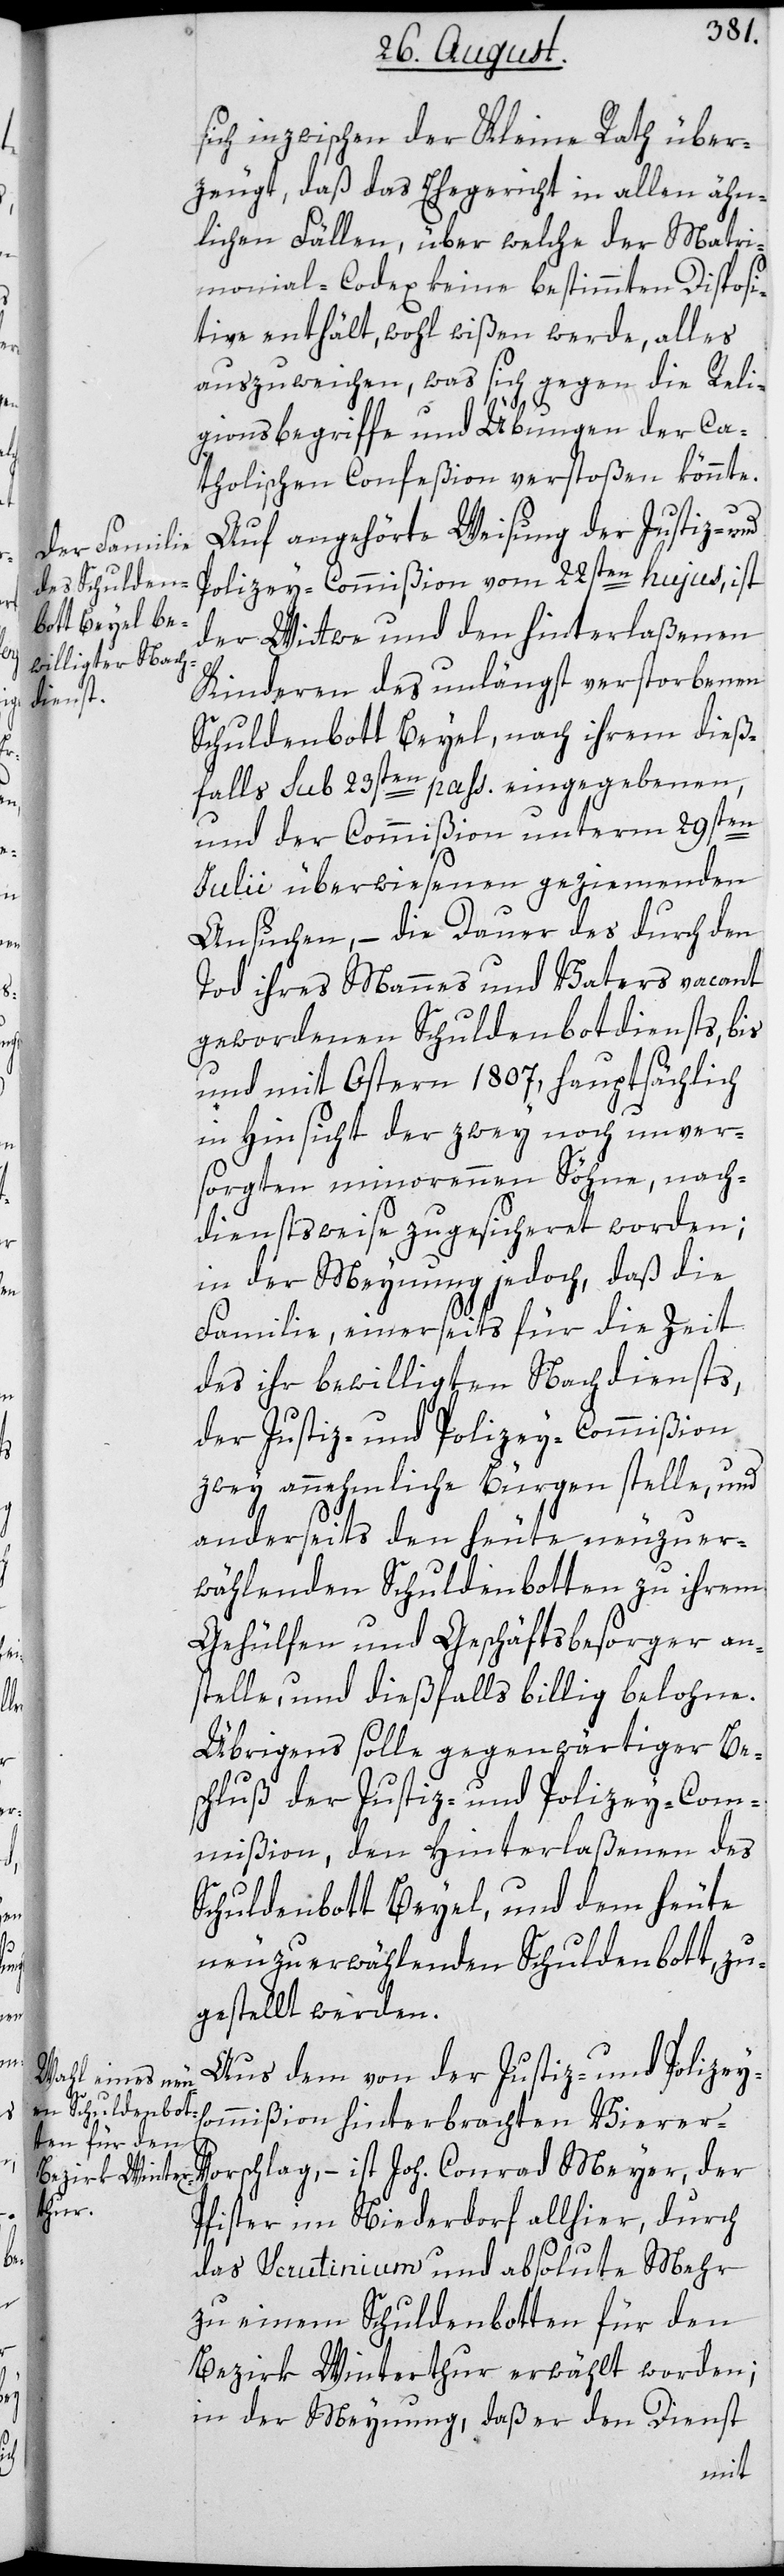
sich inzwischen der Kleine Rath über¬
zeugt, daß das Ehegericht in allen ähn¬
lichen Fällen, über welche der Matri¬
monial-Codex keine bestimmten Disposi¬
tive enthält, wohl wißen werde, alles
auszuweichen, was sich gegen die Reli¬
gionsbegriffe und Übungen der Ca¬
tholischen Confeßion verstoßen könnte.
Auf angehörte Weisung der Justiz- und
Polizey-Commißion vom 22sten hujus, ist
der Wittwe und den hinterlaßenen
Kinderen des unlängst verstorbenen
Schuldenbott Beyel, nach ihrem dieß¬
falls sub 23sten pass. eingegebenen,
und der Commißion unterm 29sten
Julii überwiesenen geziemenden
Ansuchen, – die Dauer des durch den
Tod ihres Mannes und Vaters vacant
gewordenen Schuldenbotdiensts, bis
und mit Ostern 1807, hauptsächlich
in Hinsicht der zwey noch unver¬
sorgten minorennen Söhne, nach¬
dienstsweise zugesicheret worden;
in der Meynung jedoch, daß die
Familie, einerseits für die Zeit
des ihr bewilligten Nachdiensts,
der Justiz- und Polizey-Commißion
zwey annehmliche Bürgen stelle, und
anderseits den heute neuzuer¬
wählenden Schuldenbotten zu ihrem
Gehülfen und Geschäftsbesorger an¬
stelle, und dießfalls billig belohne.
Übrigens solle gegenwärtiger Be¬
schluß der Justiz- und Polizey-Com¬
mißion, den Hinterlaßenen des
Schuldenbott Beyel, und dem heute
neuzuerwählenden Schuldenbott, zu¬
gestellt werden.
Aus dem von der Justiz- und Polizey-C¬
ommißion hinterbrachten Vierer-V¬
orschlag, –ist Joh. Conrad Meyer, der
Pfister im Niederdorf, allhier, durch
das Scrutinium und absolute Mehr
zu einem Schuldenbotten für den
Bezirk Winterthur erwählt worden;
in der Meynung, daß er den Dienst